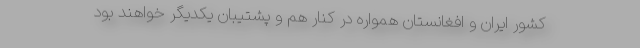
کشور ایران و افغانستان همواره در کنار هم و پشتیبان یکدیگر خواهند بود